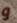
و